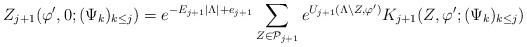
LaTeX: \begin{align*}Z_{j+1} (\varphi' , 0 ; (\Psi_k)_{k\leq j} ) = e^{-E_{j+1} |\Lambda| + e_{j+1} } \sum_{Z \in \mathcal{P}_{j+1}} e^{U_{j+1} (\Lambda \backslash Z,\varphi')} K_{j+1} (Z, \varphi' ; (\Psi_k)_{k \leq j} )\end{align*}